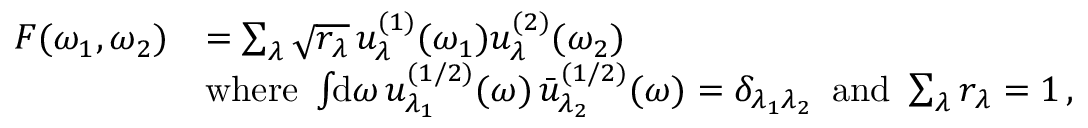
\begin{array} { r l } { F ( \omega _ { 1 } , \omega _ { 2 } ) } & { = \sum _ { \lambda } \sqrt { r _ { \lambda } } \, u _ { \lambda } ^ { ( 1 ) } ( \omega _ { 1 } ) u _ { \lambda } ^ { ( 2 ) } ( \omega _ { 2 } ) } \\ & { \mathrm { w h e r e } \, \, \int \! \! \mathrm { d } \omega \, u _ { \lambda _ { 1 } } ^ { ( 1 / 2 ) } ( \omega ) \, \bar { u } _ { \lambda _ { 2 } } ^ { ( 1 / 2 ) } ( \omega ) = \delta _ { \lambda _ { 1 } \lambda _ { 2 } } \, \, \, \mathrm { a n d } \, \, \sum _ { \lambda } r _ { \lambda } = 1 \, , } \end{array}